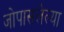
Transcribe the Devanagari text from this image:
जोपासलेल्या